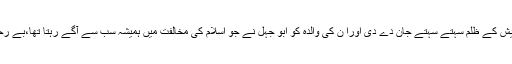
ان کے والد نے بھی قریش کے ظلم سہتے سہتے جان دے دی اورا ن کی والدہ کو ابو جہل نے جو اسلام کی مخالفت میں ہمیشہ سب سے آگے رہتا تھا،بے رحمی سے شہید کر ڈالا ۔